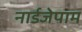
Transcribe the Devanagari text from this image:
नार्डजेपाम